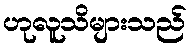
ဟုလူသိများသည်